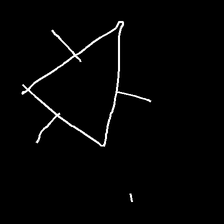
Glyph: fire